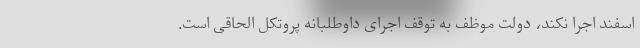
اسفند اجرا نکند، دولت موظف به توقف اجرای داوطلبانه پروتکل الحاقی است.